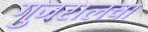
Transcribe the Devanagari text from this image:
गुजरालचा